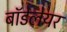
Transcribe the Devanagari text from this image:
बॉडेलेयर